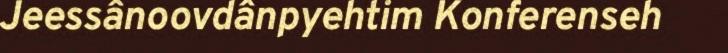
Jeessânoovdânpyehtim Konferenseh